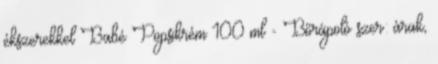
ékszerekkel Babé Popsikrém 100 ml - Bőrápoló szer: árak,